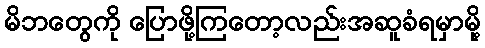
မိဘတွေကို ပြောဖို့ကြတော့လည်းအဆူခံရမှာမို့